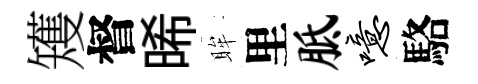
矱督晞眸里胝噫駱